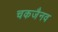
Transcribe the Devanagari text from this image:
चकजैनव